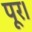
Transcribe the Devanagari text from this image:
पूर।